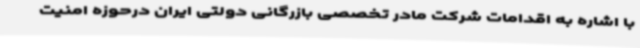
با اشاره به اقدامات شرکت مادر تخصصی بازرگانی دولتی ایران درحوزه امنیت